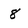
Character: 8